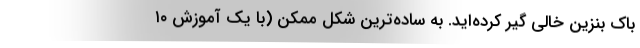
باک بنزین خالی گیر کرده‌اید. به ساده‌ترین شکل ممکن (با یک آموزش ۱۰